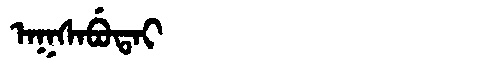
Manchu: ᠠᡴᠰᠠᠪᡠᡨᠠᡳ
Romanization: AKSABUTAI